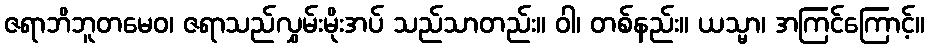
ဇရာဘိဘူတမေဝ၊ ဇရာသည်လွှမ်းမိုးအပ် သည်သာတည်း။ ဝါ၊ တစ်နည်း။ ယသ္မာ၊ အကြင်ကြောင့်။